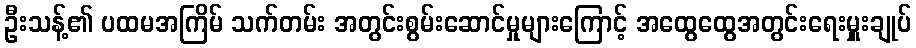
ဦးသန့်၏ ပထမအကြိမ် သက်တမ်း အတွင်းစွမ်းဆောင်မှုများကြောင့် အထွေထွေအတွင်းရေးမှူးချုပ်